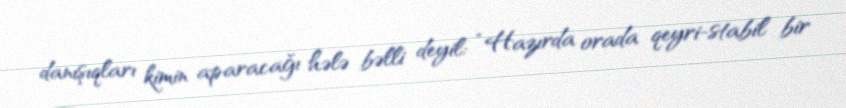
danışıqları kimin aparacağı hələ bəlli deyil: “Hazırda orada qeyri-stabil bir